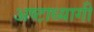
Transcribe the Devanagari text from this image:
अष्टाध्यागी